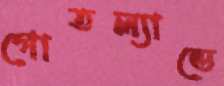
গোতল্যান্ডে